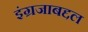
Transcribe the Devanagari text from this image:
इंग्रजाबद्दल